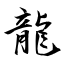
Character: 龍